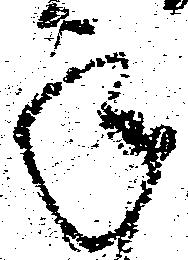
承